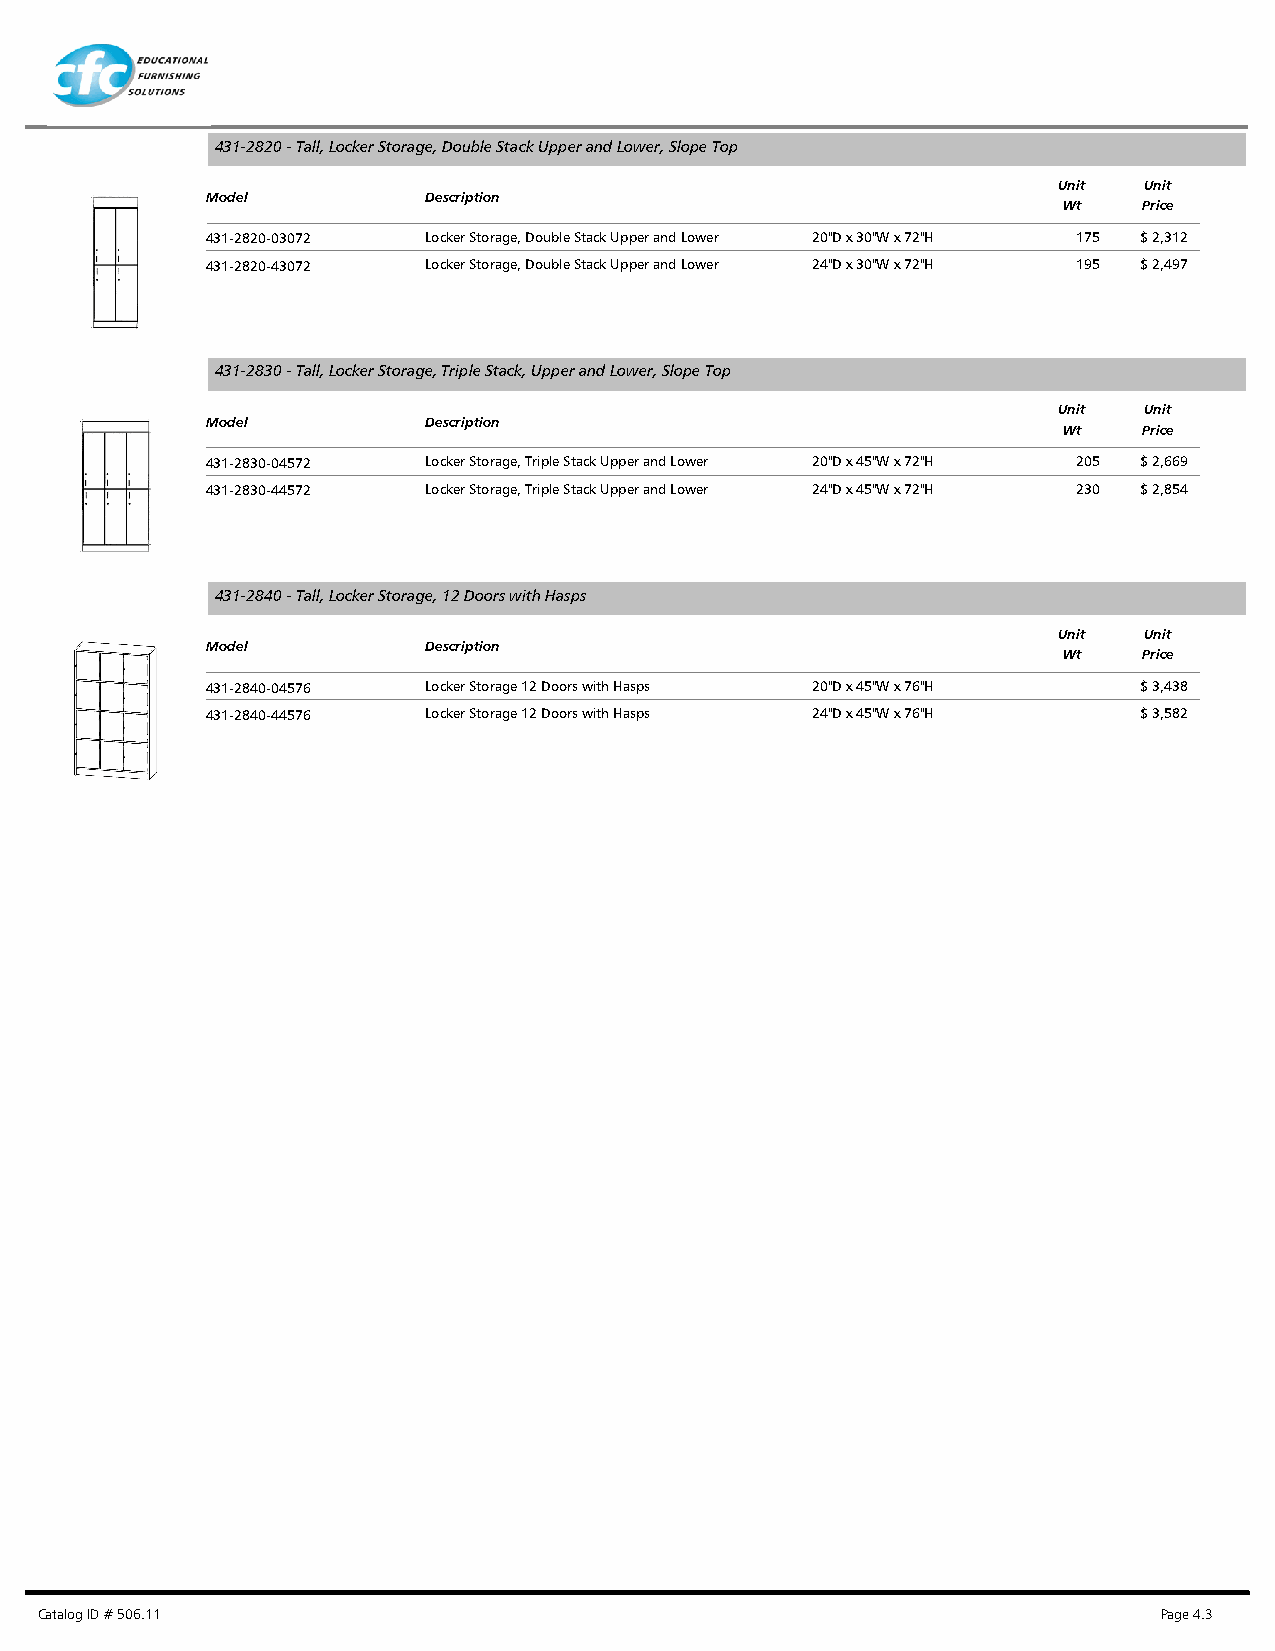
431-2820 - Tall, Locker Storage, Double Stack Upper and Lower, Slope Top
 Unit  Unit
 Model         Description
 Wt    Price
 431-2820-03072 Locker Storage, Double Stack Upper and Lower 20"D x 30"W x 72"H 175 $ 2,312
 431-2820-43072 Locker Storage, Double Stack Upper and Lower 24"D x 30"W x 72"H 195 $ 2,497
 431-2830 - Tall, Locker Storage, Triple Stack, Upper and Lower, Slope Top
 Unit  Unit
 Model         Description
 Wt    Price
 431-2830-04572 Locker Storage, Triple Stack Upper and Lower 20"D x 45"W x 72"H 205 $ 2,669
 431-2830-44572 Locker Storage, Triple Stack Upper and Lower 24"D x 45"W x 72"H 230 $ 2,854
 431-2840 - Tall, Locker Storage, 12 Doors with Hasps
 Unit  Unit
 Model         Description
 Wt    Price
 431-2840-04576 Locker Storage 12 Doors with Hasps 20"D x 45"W x 76"H $ 3,438
 431-2840-44576 Locker Storage 12 Doors with Hasps 24"D x 45"W x 76"H $ 3,582
 Catalog ID # 506.11                                                        Page 4.3